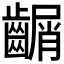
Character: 𪙑